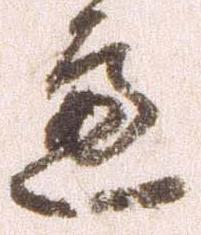
慮